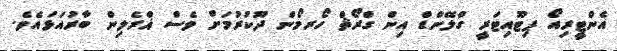
އެންޓީރިއޯ ޕިޓޫއިޓަރީ ގްލޭންޑް އިން ގްރޯޘް ހޯރމޯން ދޫކުރުމަށް ވެސް ޣްރެލިން ބާރުއަޅައެވެ.